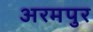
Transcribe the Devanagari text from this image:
अरमपुर